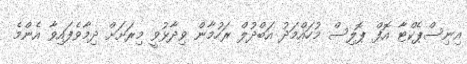
އިނިސްޕެކްޓާ އޮފް ޕޮލިސް މުހައްމަދު އަބްދުލް ރަހުމާން ވިދާޅުވީ މިރަށަށް ދިމާވެފައިވާ އެންމެ